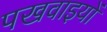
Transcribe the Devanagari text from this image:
पखवाइयों